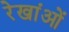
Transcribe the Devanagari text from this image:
रेखांओं